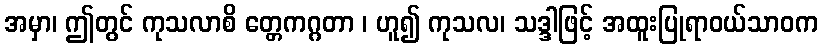
အမှာ၊ ဤတွင် ကုသလာစိ တ္တေကဂ္ဂတာ ၊ ဟူ၍ ကုသလ၊ သဒ္ဒါဖြင့် အထူးပြုရာဝယ်သာဝက